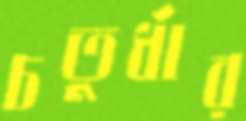
চতুর্ধার